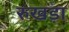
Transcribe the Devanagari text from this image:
रुखड़ा